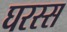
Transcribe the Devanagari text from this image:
घरस्स